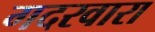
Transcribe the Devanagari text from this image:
गदरवारा